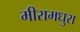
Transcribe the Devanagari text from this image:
मीरामधुरा